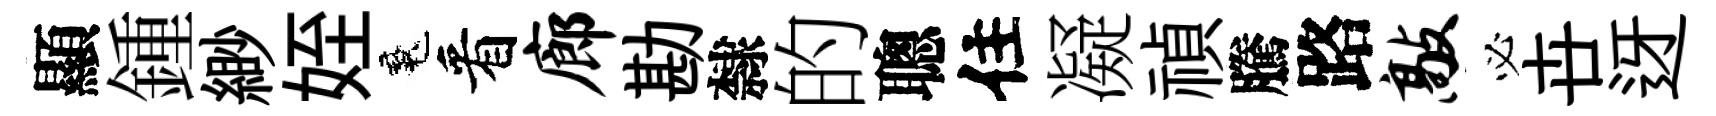
顯鍾緲姪魂看廊勘隸的聰住凝禎騰路敲必卋迓